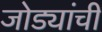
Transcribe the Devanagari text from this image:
जोड्यांची